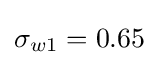
\sigma _{w1}=0.65